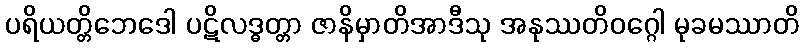
ပရိယတ္တိဘေဒေါ ပဋိလဒ္ဓတ္တာ ဇာနိမှာတိအာဒီသု အနုဿတိဝဂ္ဂေါ မုခမဿာတိ